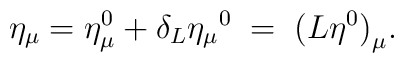
\eta_{\mu}=\eta_{\mu}^0 + \delta_L {\eta_{\mu}}^0 \;=\; {(L\eta^0)}_{\mu}.